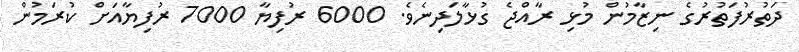
ދަތުރުފަތުރުގެ ނިޒާމުން މުޅި ރާއްޖެ ގުޅާލަދިނެވެ. 6000 ރުފިޔާ 7000 ރުފިޔާއަށް ކުރަމުން